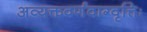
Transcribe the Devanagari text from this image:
अव्यक्तवर्णवाग्वृत्तिः